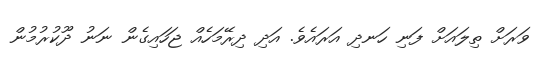
ވަރަށް ތިލައަށް ފަނި ހަނދި އަރައެވެ. އަދި ދިރޭމަހެއް ޖަހައިގެން ނަނު ދޫކުރުމުން